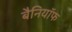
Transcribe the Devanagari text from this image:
बैनियॉफ